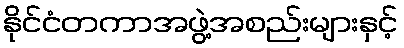
နိုင်ငံတကာအဖွဲ့အစည်းများနှင့်